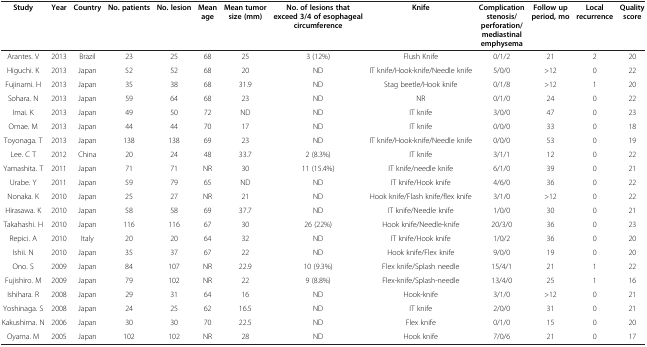
<table><thead><tr><td><b>Study</b></td><td><b>Year</b></td><td><b>Country</b></td><td><b>No. patients</b></td><td><b>No. lesion</b></td><td><b>Mean age</b></td><td><b>Mean tumor size (mm)</b></td><td><b>No. of lesions that exceed 3/4 of esophageal circumference</b></td><td><b>Knife</b></td><td><b>Complication stenosis/perforation/mediastinal emphysema</b></td><td><b>Follow up period, mo</b></td><td><b>Local recurrence</b></td><td><b>Quality score</b></td></tr></thead><tbody><tr><td>Arantes. V</td><td>2013</td><td>Brazil</td><td>23</td><td>25</td><td>68</td><td>25</td><td>3 (12%)</td><td>Flush Knife</td><td>0/1/2</td><td>21</td><td>2</td><td>20</td></tr><tr><td>Higuchi. K</td><td>2013</td><td>Japan</td><td>52</td><td>52</td><td>68</td><td>20</td><td>ND</td><td>IT knife/Hook-knife/Needle knife</td><td>5/0/0</td><td>&gt;12</td><td>0</td><td>22</td></tr><tr><td>Fujinami. H</td><td>2013</td><td>Japan</td><td>35</td><td>38</td><td>68</td><td>31.9</td><td>ND</td><td>Stag beetle/Hook knife</td><td>0/1/8</td><td>&gt;12</td><td>1</td><td>20</td></tr><tr><td>Sohara. N</td><td>2013</td><td>Japan</td><td>59</td><td>64</td><td>68</td><td>23</td><td>ND</td><td>NR</td><td>0/1/0</td><td>24</td><td>0</td><td>22</td></tr><tr><td>Imai. K</td><td>2013</td><td>Japan</td><td>49</td><td>50</td><td>72</td><td>ND</td><td>ND</td><td>IT knife</td><td>3/0/0</td><td>47</td><td>0</td><td>23</td></tr><tr><td>Omae. M</td><td>2013</td><td>Japan</td><td>44</td><td>44</td><td>70</td><td>17</td><td>ND</td><td>IT knife</td><td>0/0/0</td><td>33</td><td>0</td><td>18</td></tr><tr><td>Toyonaga. T</td><td>2013</td><td>Japan</td><td>138</td><td>138</td><td>69</td><td>23</td><td>ND</td><td>IT knife/Hook-knife/Needle knife</td><td>0/0/0</td><td>53</td><td>0</td><td>19</td></tr><tr><td>Lee. C T</td><td>2012</td><td>China</td><td>20</td><td>24</td><td>48</td><td>33.7</td><td>2 (8.3%)</td><td>IT knife</td><td>3/1/1</td><td>12</td><td>0</td><td>22</td></tr><tr><td>Yamashita. T</td><td>2011</td><td>Japan</td><td>71</td><td>71</td><td>NR</td><td>30</td><td>11 (15.4%)</td><td>IT knife/needle knife</td><td>6/1/0</td><td>39</td><td>0</td><td>21</td></tr><tr><td>Urabe. Y</td><td>2011</td><td>Japan</td><td>59</td><td>79</td><td>65</td><td>ND</td><td>ND</td><td>IT knife/Hook knife</td><td>4/6/0</td><td>36</td><td>0</td><td>22</td></tr><tr><td>Nonaka. K</td><td>2010</td><td>Japan</td><td>25</td><td>27</td><td>NR</td><td>21</td><td>ND</td><td>Hook knife/Flash knife/flex knife</td><td>3/1/0</td><td>&gt;12</td><td>0</td><td>22</td></tr><tr><td>Hirasawa. K</td><td>2010</td><td>Japan</td><td>58</td><td>58</td><td>69</td><td>37.7</td><td>ND</td><td>IT knife/Needle knife</td><td>1/0/0</td><td>30</td><td>0</td><td>21</td></tr><tr><td>Takahashi. H</td><td>2010</td><td>Japan</td><td>116</td><td>116</td><td>67</td><td>30</td><td>26 (22%)</td><td>Hook knife/Needle-knife</td><td>20/3/0</td><td>36</td><td>0</td><td>23</td></tr><tr><td>Repici. A</td><td>2010</td><td>Italy</td><td>20</td><td>20</td><td>64</td><td>32</td><td>ND</td><td>IT knife/Hook knife</td><td>1/0/2</td><td>36</td><td>0</td><td>20</td></tr><tr><td>Ishii. N</td><td>2010</td><td>Japan</td><td>35</td><td>37</td><td>67</td><td>22</td><td>ND</td><td>Hook knife/Flex knife</td><td>9/0/0</td><td>19</td><td>0</td><td>20</td></tr><tr><td>Ono. S</td><td>2009</td><td>Japan</td><td>84</td><td>107</td><td>NR</td><td>22.9</td><td>10 (9.3%)</td><td>Flex knife/Splash needle</td><td>15/4/1</td><td>21</td><td>1</td><td>22</td></tr><tr><td>Fujishiro. M</td><td>2009</td><td>Japan</td><td>79</td><td>102</td><td>NR</td><td>22</td><td>9 (8.8%)</td><td>Flex-knife/Splash-needle</td><td>13/4/0</td><td>25</td><td>1</td><td>16</td></tr><tr><td>Ishihara. R</td><td>2008</td><td>Japan</td><td>29</td><td>31</td><td>64</td><td>16</td><td>ND</td><td>Hook-knife</td><td>3/1/0</td><td>&gt;12</td><td>0</td><td>21</td></tr><tr><td>Yoshinaga. S</td><td>2008</td><td>Japan</td><td>24</td><td>25</td><td>62</td><td>16.5</td><td>ND</td><td>IT knife</td><td>2/0/0</td><td>31</td><td>0</td><td>21</td></tr><tr><td>Kakushima. N</td><td>2006</td><td>Japan</td><td>30</td><td>30</td><td>70</td><td>22.5</td><td>ND</td><td>Flex knife</td><td>0/1/0</td><td>15</td><td>0</td><td>20</td></tr><tr><td>Oyama. M</td><td>2005</td><td>Japan</td><td>102</td><td>102</td><td>NR</td><td>28</td><td>ND</td><td>Hook knife</td><td>7/0/6</td><td>21</td><td>0</td><td>17</td></tr></tbody></table>